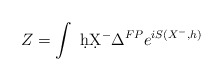
\begin{align*}Z=\int\,\, \d h\d X^-\Delta^{FP}e^{iS(X^-,h)}\end{align*}